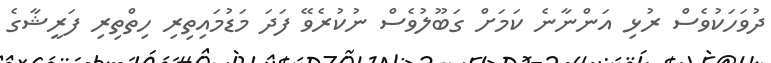
ދުވަހަކުވެސް ރުޅި އަންނާނެ ކަމަށް ގަބޫލުވެސް ނުކުރެވޭ ފަދަ މަޑުމައިތިރި ހިތްތިރި ފަރީޝާގެ